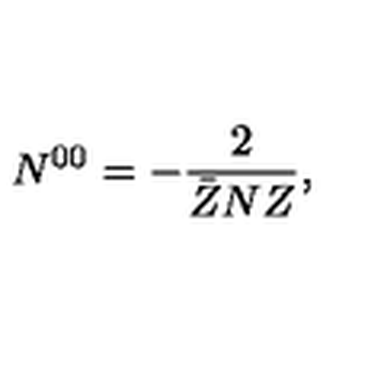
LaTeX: N ^ { 0 0 } = - \frac { 2 } { \bar { Z } N Z } ,